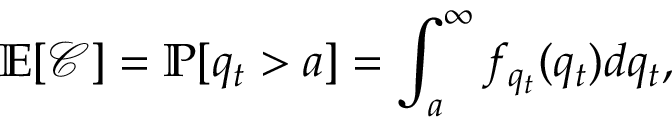
\mathbb { E } [ \mathcal { C } ] = \mathbb { P } [ q _ { t } > a ] = \int _ { a } ^ { \infty } f _ { q _ { t } } ( q _ { t } ) d q _ { t } ,